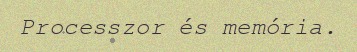
Processzor és memória.